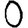
Digit: 0